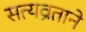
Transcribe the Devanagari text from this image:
सत्यव्रताने